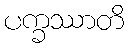
ပက္ခဿာတိ